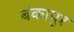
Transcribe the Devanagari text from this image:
बंकापुर